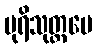
ပုရိသုတ္တမေ